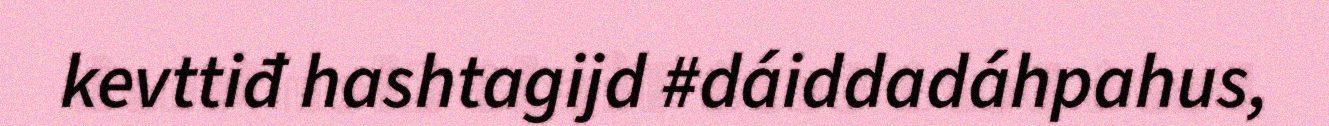
kevttiđ hashtagijd #dáiddadáhpahus,